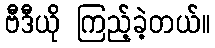
ဗီဒီယို ကြည့်ခဲ့တယ်။